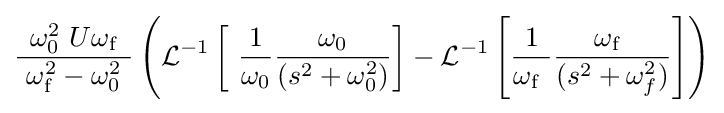
{\frac {\ \omega _{0}^{2}\ U\omega _{\mathrm {f} }\ }{\ \omega _{\mathrm {f} }^{2}-\omega _{0}^{2}\ }}\left(\operatorname {\mathcal {L}} ^{-1}\left[\ {\frac {1}{\omega _{0}}}{\frac {\omega _{0}}{(s^{2}+\omega _{0}^{2})}}\right]-\operatorname {\mathcal {L}} ^{-1}\left[{\frac {1}{\omega _{\mathrm {f} }\ }}{\frac {\omega _{\mathrm {f} }\ }{(s^{2}+\omega _{f}^{2})}}\right]\right)